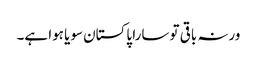
ورنہ باقی تو سارا پاکستان سویا ہوا ہے۔